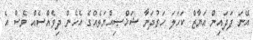
އޭނަ ފަދައިން އަޔާޒް ކަހަލަ ހަރުދަނާ ޝަޚްޞިއްޔަތެއްގެ އެހެން ދިވެއްސެއް ވެސް އެ